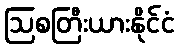
ဩစတြီးယားနိုင်ငံ